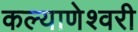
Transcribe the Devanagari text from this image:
कल्‍याणेश्‍वरी